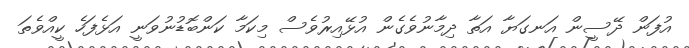
އުފަން ދޭސީން އަނގަޔާ އަތާ ދިމާނުވެގެން އުޅޭއިރުވެސް މިކަމާ ކަންބޮޑުނުވަނީ އަޅެފަހެ ކީއްވެތަ